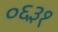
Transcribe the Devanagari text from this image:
०६३१